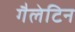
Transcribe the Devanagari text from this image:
गैलेटिन